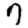
Digit: 7